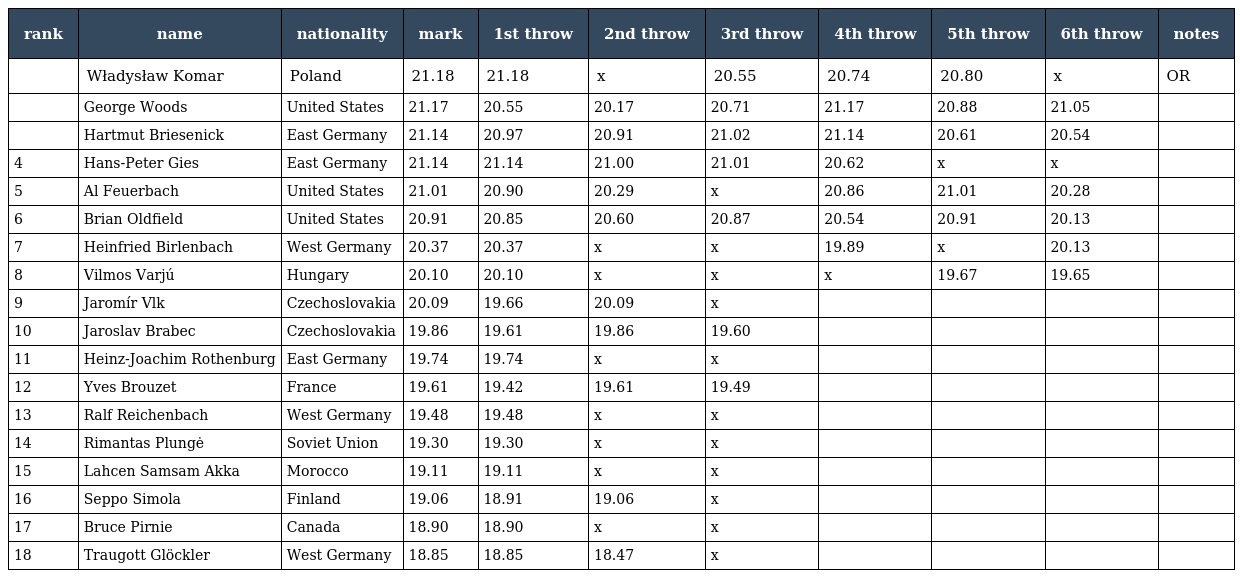
| rank | name | nationality | mark | 1st throw | 2nd throw | 3rd throw | 4th throw | 5th throw | 6th throw | notes |
 | --- | --- | --- | --- | --- | --- | --- | --- | --- | --- | --- |
 |  | Władysław Komar | Poland | 21.18 | 21.18 | x | 20.55 | 20.74 | 20.80 | x | OR |
 |  | George Woods | United States | 21.17 | 20.55 | 20.17 | 20.71 | 21.17 | 20.88 | 21.05 |  |
 |  | Hartmut Briesenick | East Germany | 21.14 | 20.97 | 20.91 | 21.02 | 21.14 | 20.61 | 20.54 |  |
 | 4 | Hans-Peter Gies | East Germany | 21.14 | 21.14 | 21.00 | 21.01 | 20.62 | x | x |  |
 | 5 | Al Feuerbach | United States | 21.01 | 20.90 | 20.29 | x | 20.86 | 21.01 | 20.28 |  |
 | 6 | Brian Oldfield | United States | 20.91 | 20.85 | 20.60 | 20.87 | 20.54 | 20.91 | 20.13 |  |
 | 7 | Heinfried Birlenbach | West Germany | 20.37 | 20.37 | x | x | 19.89 | x | 20.13 |  |
 | 8 | Vilmos Varjú | Hungary | 20.10 | 20.10 | x | x | x | 19.67 | 19.65 |  |
 | 9 | Jaromír Vlk | Czechoslovakia | 20.09 | 19.66 | 20.09 | x |  |  |  |  |
 | 10 | Jaroslav Brabec | Czechoslovakia | 19.86 | 19.61 | 19.86 | 19.60 |  |  |  |  |
 | 11 | Heinz-Joachim Rothenburg | East Germany | 19.74 | 19.74 | x | x |  |  |  |  |
 | 12 | Yves Brouzet | France | 19.61 | 19.42 | 19.61 | 19.49 |  |  |  |  |
 | 13 | Ralf Reichenbach | West Germany | 19.48 | 19.48 | x | x |  |  |  |  |
 | 14 | Rimantas Plungė | Soviet Union | 19.30 | 19.30 | x | x |  |  |  |  |
 | 15 | Lahcen Samsam Akka | Morocco | 19.11 | 19.11 | x | x |  |  |  |  |
 | 16 | Seppo Simola | Finland | 19.06 | 18.91 | 19.06 | x |  |  |  |  |
 | 17 | Bruce Pirnie | Canada | 18.90 | 18.90 | x | x |  |  |  |  |
 | 18 | Traugott Glöckler | West Germany | 18.85 | 18.85 | 18.47 | x |  |  |  |  |